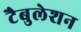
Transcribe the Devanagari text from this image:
टैबुलेशन